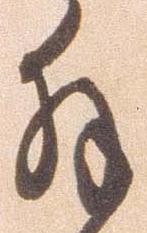
拝